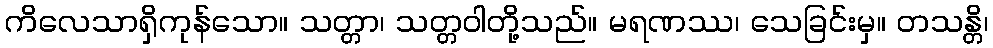
ကိလေသာရှိကုန်သော။ သတ္တာ၊ သတ္တဝါတို့သည်။ မရဏဿ၊ သေခြင်းမှ။ တသန္တိ၊